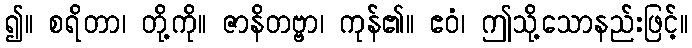
၍။ စရိတာ၊ တို့ကို။ ဇာနိတဗ္ဗာ၊ ကုန်၏။ ဧဝံ၊ ဤသို့သောနည်းဖြင့်။